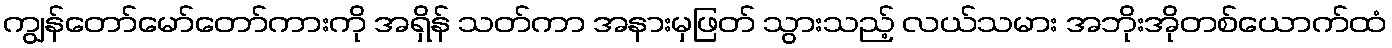
ကျွန်တော်မော်တော်ကားကို အရှိန် သတ်ကာ အနားမှဖြတ် သွားသည့် လယ်သမား အဘိုးအိုတစ်ယောက်ထံ